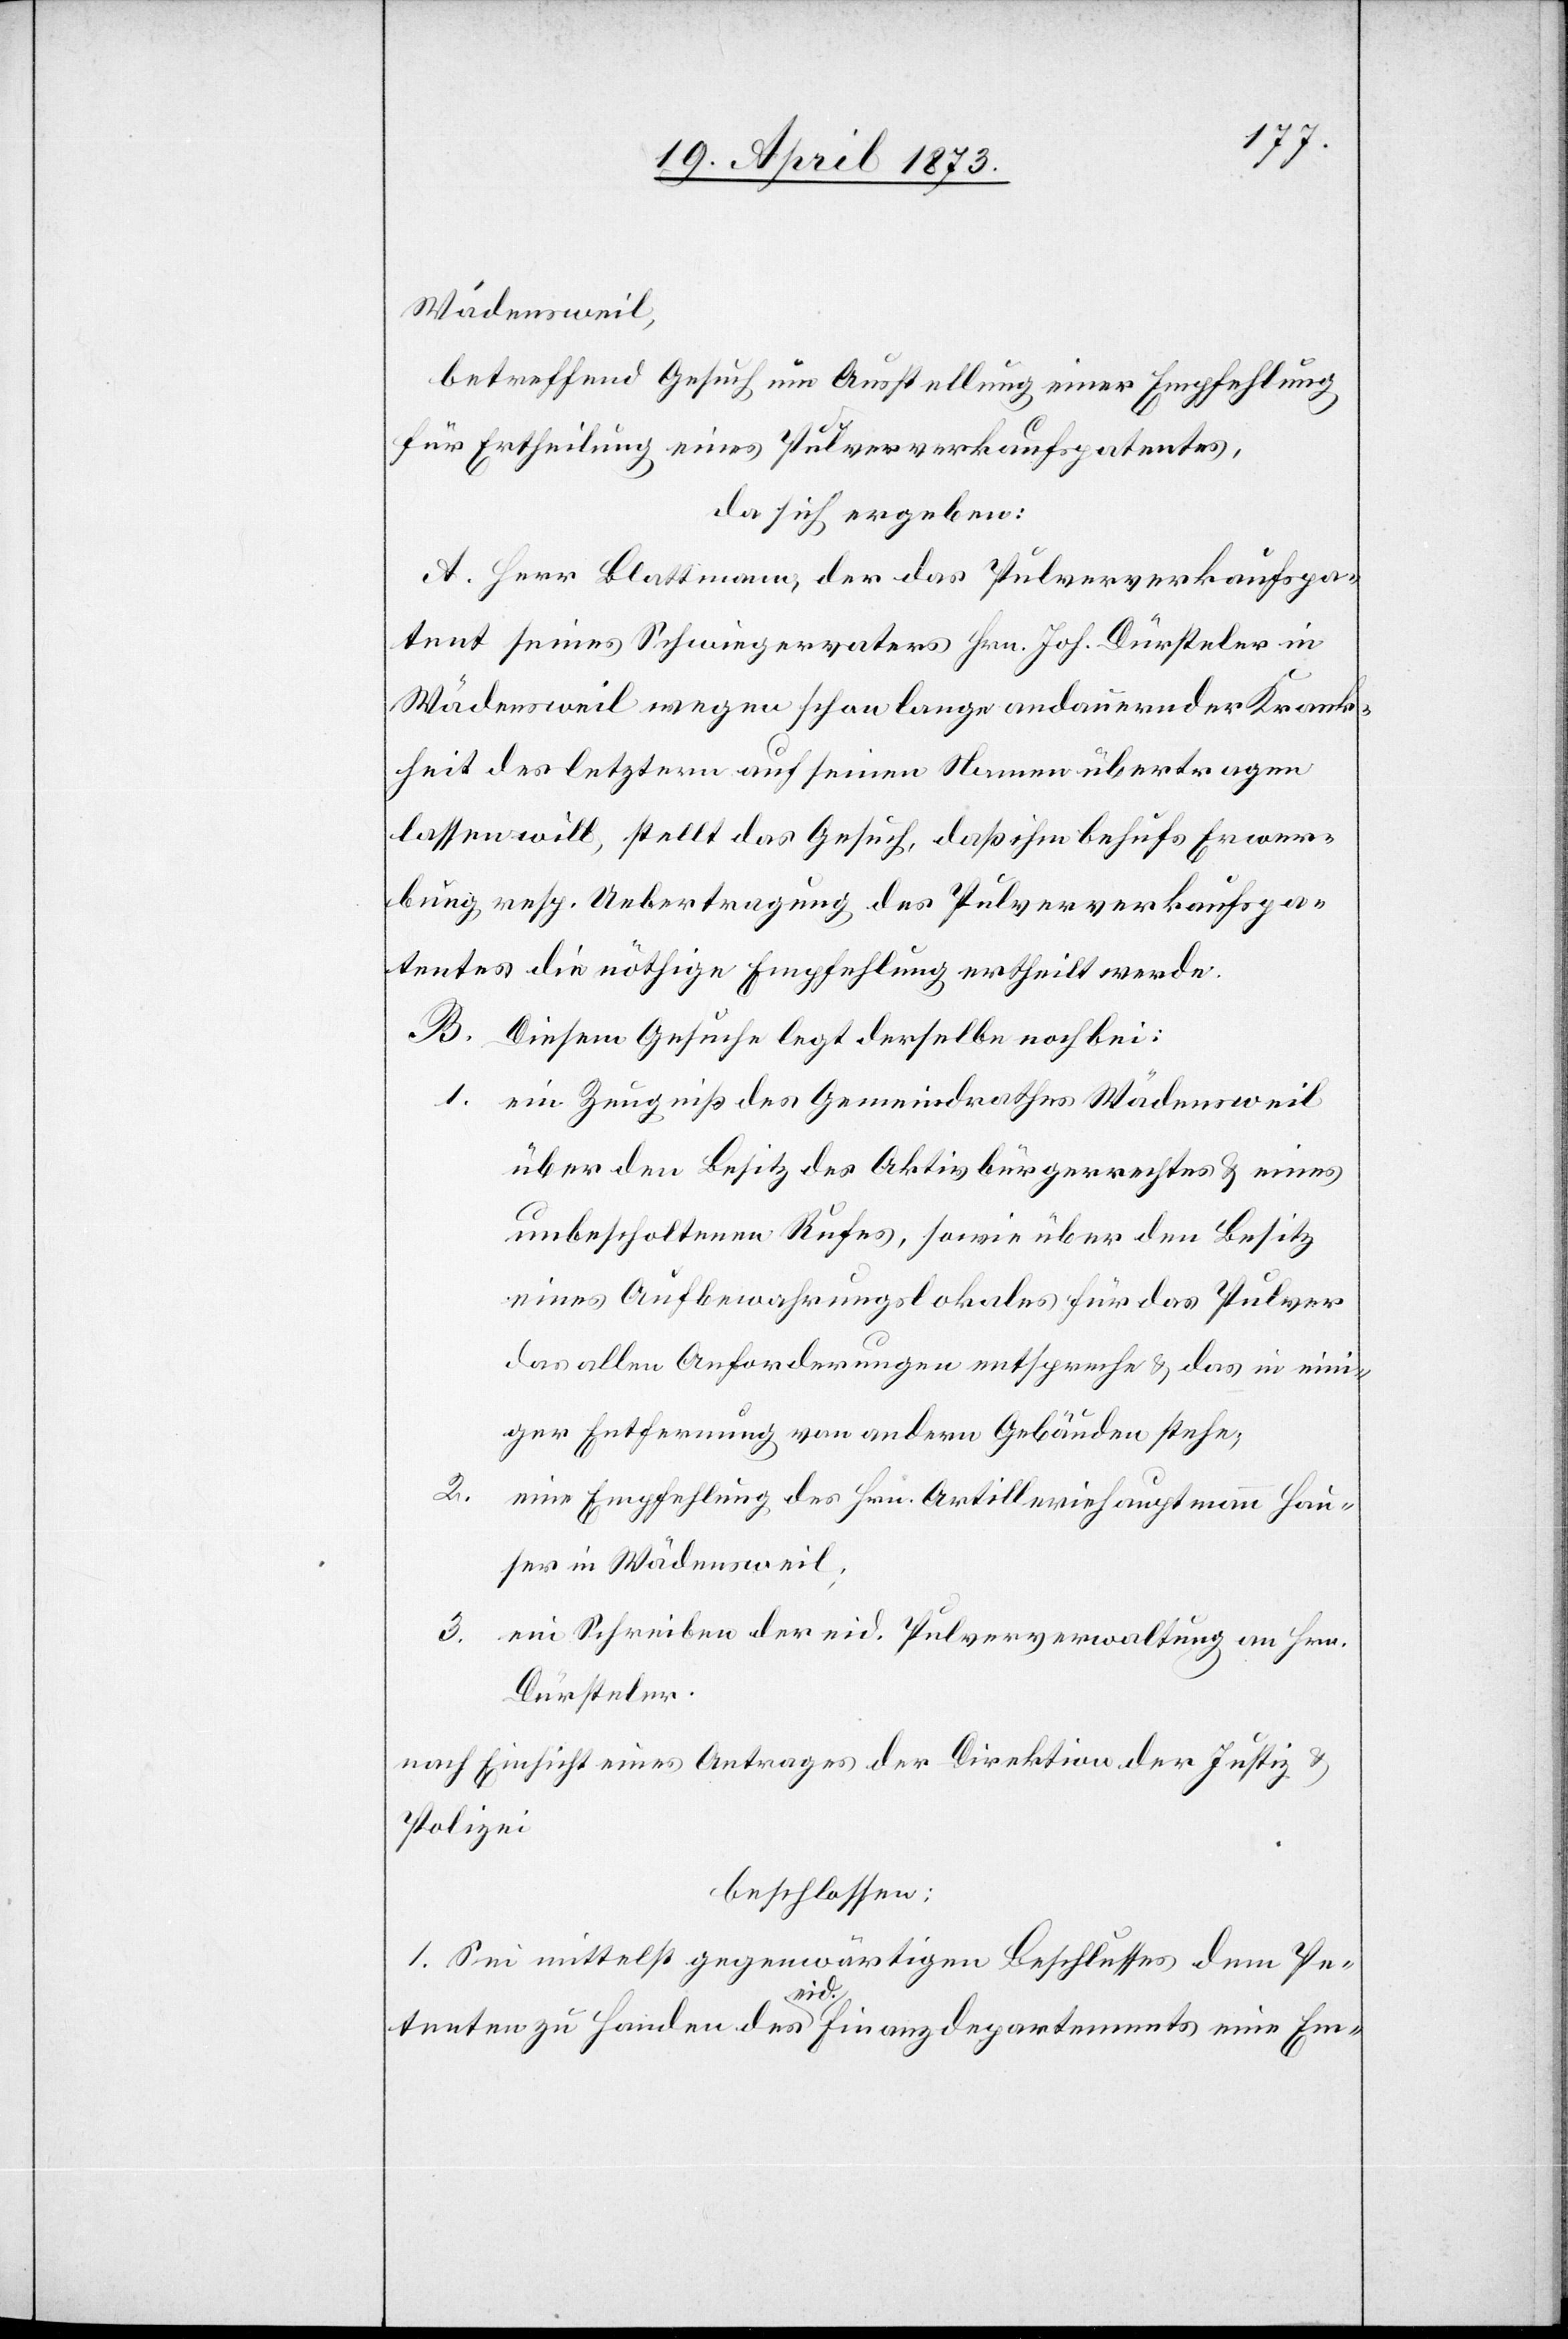
Wädensweil,
betreffend Gesuch um Ausstellung einer Empfehlung
für Ertheilung eines Pulververkaufspatentes,
da sich ergeben:
A. Herr Blattmann, der das Pulververkaufspa¬
tent seines Schwiegervaters Hrn. Joh. Dürsteler in
Wädensweil wegen schon lange andauernder Krank¬
heit des letztern auf seinen Namen übertragen
lassen will, stellt das Gesuch, daß ihm behufs Erwer¬
bung resp. Uebertragung des Pulververkaufspa¬
tentes die nöthige Empfehlung ertheilt werde.
B. Diesem Gesuche legt derselbe noch bei:
1. ein Zeugniß des Gemeindrathes Wädensweil
über den Besitz des Aktivbürgerrechtes & eines
unbescholtenen Rufes, sowie über den Besitz
eines Aufbewahrungslokales für das Pulver
das allen Anforderungen entspreche & das in eini¬
ger Entfernung von andern Gebäuden stehe;
2.
eine Empfehlung des Hrn. Artilleriehauptmann Hau¬
ser in Wädensweil;
3.
ein Schreiben der eid. Pulververwaltung an Hrn.
Dürsteler.
nach Einsicht eines Antrages der Direktion der Justiz &
Polizei
beschlossen:
1. Sei mittelst gegenwärtigen Beschlusses dem Pe¬
tenten zu Handen des eid. Finanzdepartements eine Em-